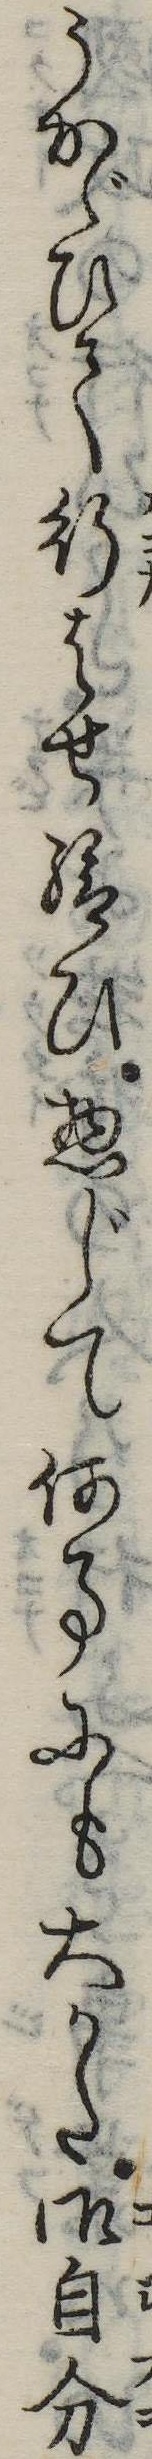
うかゞひて行はせ給ひ惣じて何事にも大かた御自分